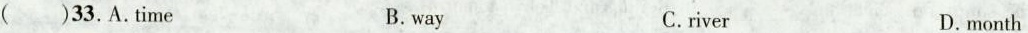
( )33.A.time B.way C.river D.month